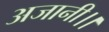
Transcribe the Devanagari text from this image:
अजानी।।